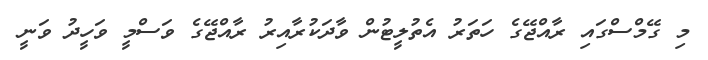
މި ގޭމްސްގައި ރާއްޖޭގެ ހަތަރު އެތުލީޓުން ވާދަކުރާއިރު ރާއްޖޭގެ ވަސްމީ ވަހީދު ވަނީ